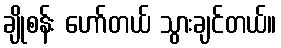
ချိုစန်း ဟော်တယ် သွားချင်တယ်။